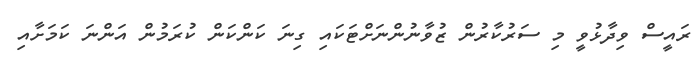
ރައީސް ވިދާޅުވީ މި ސަރުކާރުން ޒުވާނުންނަށްޓަކައި ގިނަ ކަންކަން ކުރަމުން އަންނަ ކަމަށާއި